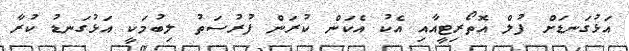
އަޅުގަނޑަށް ފުލް އޮތޯރިޓީއާއި އެކު އެކަން ކުރަން ފުރުސަތު ލިބުމަކީ އަޅުގަނޑު ކުރާ